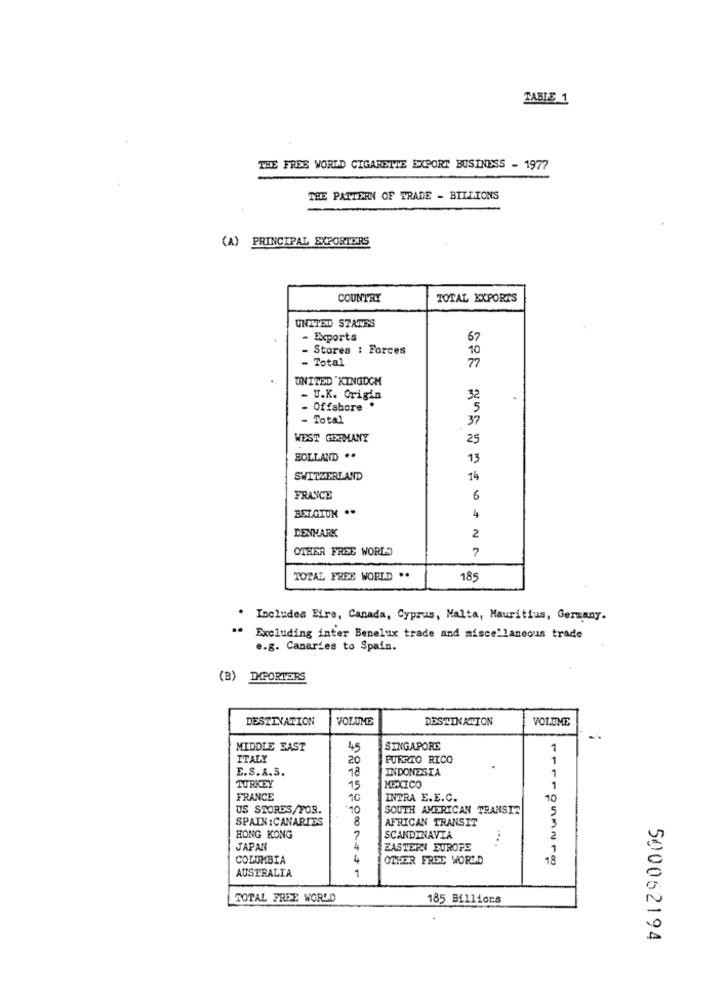
TABLE_1
THE FREE WORLD CIGARETTE EXPORT BUSINESS - 1977
THE PATTERN OF TRADE - BILLIONS
(A) PRINCIPAL EXPORTERS
COUNTRY
TOTAL EXPORTS
UNEVVXD STATES
- Exports
67
- Stores : Forces
10
- Total
77
UNITED KINGDOM
.U.K. Origin
32
- Offshore
5
- Total
37
WEST GERMANY
25
HOLLAND ..
13
SWITZERLAND
14
FRANCE
6
BELGIUM ..
44
DENHARK
2
OTHER FREE WORLD
7
TOTAL FREE WORLD ..
185
. Includes Eire, Canada, Cyprus, Malta, Mauritius, Germany.
" Excluding inter Benelux trade and miscellaneous trade
e.g. Canaries to Spain.
(B) IMPORTERS
DESTINATION
VOLUME
DESTINATION
VOLUME
MIDDLE EAST
45
SINGAPORE
1
ITALY
20
PUERTO RICO
1
E.S.A.S.
18
INDONESIA
1
TURKEY
95
MEXICO
1
FRANCE
10
INTRA E.E.C.
70
US STORES/FOR.
10
SOUTH AMERICAN TRANSIT
5
SPAIN :CANARIES
8
AFRICAN TRANSIT
HONG KONG
?
SCANDINAVIA
2
JAPAN
EASTERN EUROPE
1
COLUMBIA
OTHER FREE WORLD
18
AUSTRALIA
1
TOTAL FREE WORLD
185 Billions
500062194